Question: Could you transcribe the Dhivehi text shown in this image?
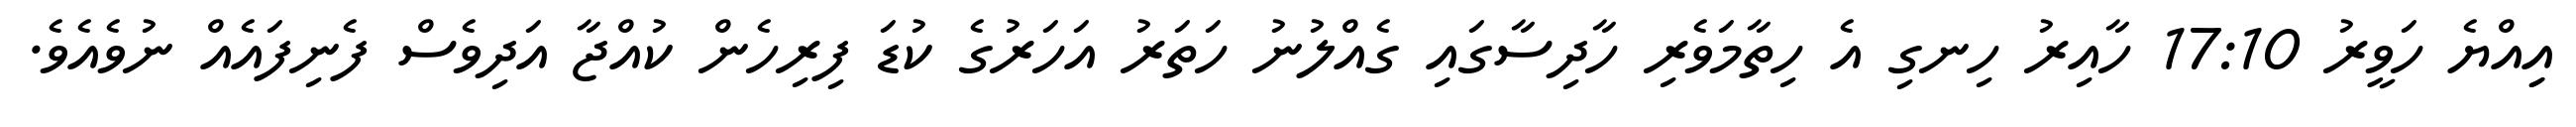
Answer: އިިއްޔެ ހަވީރު 17:10 ހާއިރު ހިނގި އެ ހިތާމަވެރި ހާދިސާގައި ގެއްލުނު ހަތަރު އަހަރުގެ ކުޑަ ފިރިހެން ކުއްޖާ އަދިވެސް ފެނިފައެއް ނުވެއެވެ.